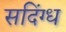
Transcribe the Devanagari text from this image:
सदिंग्ध